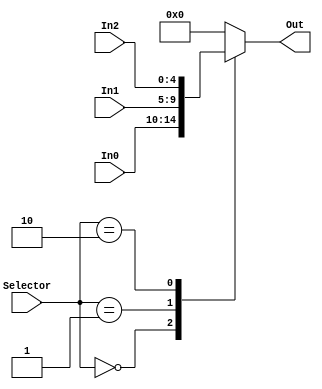
module Selector_Dst(
    input wire [4:0] In0,
    input wire [4:0] In1,
    input wire [4:0] In2,
    input wire [1:0] Selector,
    output reg [4:0] Out
    );
 
always @(Selector or In0 or In1 or In2) begin
        case(Selector)
        2'b00: Out <= In0;    
        2'b01: Out <= In1;    
        2'b10: Out <= In2;    
        default: Out <= 32'b0;
        endcase
    end   
 
endmodule